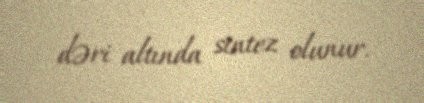
dəri altında sintez olunur.